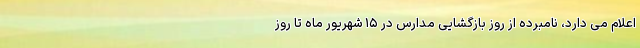
اعلام می دارد، نامبرده از روز بازگشایی مدارس در ۱۵ شهریور ماه تا روز